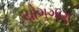
યોગગણ